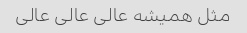
مثل همیشه عالی عالی عالی